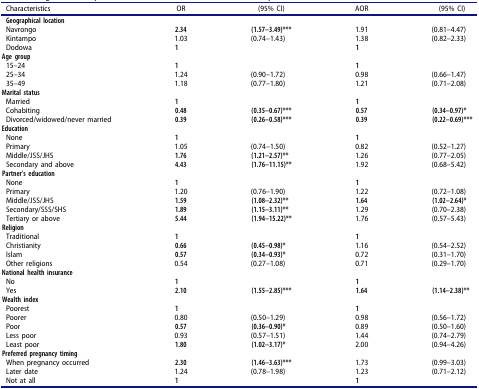
<table><thead><tr><td><b>Characteristics</b></td><td><b>OR</b></td><td><b>(95% CI)</b></td><td><b>AOR</b></td><td><b>(95% CI)</b></td></tr></thead><tbody><tr><td><b>Geographical location</b></td><td> </td><td> </td><td> </td><td> </td></tr><tr><td>Navrongo</td><td><b>2.34</b></td><td><b>(1.57–3.49)***</b></td><td>1.91</td><td>(0.81–4.47)</td></tr><tr><td>Kintampo</td><td>1.03</td><td>(0.74–1.43)</td><td>1.38</td><td>(0.82–2.33)</td></tr><tr><td>Dodowa</td><td><b>1</b></td><td> </td><td><b>1</b></td><td> </td></tr><tr><td colspan="5"><b>Age group</b></td></tr><tr><td>15–24</td><td><b>1</b></td><td> </td><td><b>1</b></td><td> </td></tr><tr><td>25–34</td><td>1.24</td><td>(0.90–1.72)</td><td>0.98</td><td>(0.66–1.47)</td></tr><tr><td>35–49</td><td>1.18</td><td>(0.77–1.80)</td><td>1.21</td><td>(0.71–2.08)</td></tr><tr><td colspan="5"><b>Marital status</b></td></tr><tr><td>Married</td><td><b>1</b></td><td> </td><td><b>1</b></td><td> </td></tr><tr><td>Cohabiting</td><td><b>0.48</b></td><td><b>(0.35–0.67)***</b></td><td><b>0.57</b></td><td><b>(0.34–0.97)*</b></td></tr><tr><td>Divorced/widowed/never married</td><td><b>0.39</b></td><td><b>(0.26–0.58)***</b></td><td><b>0.39</b></td><td><b>(0.22–0.69)***</b></td></tr><tr><td colspan="5"><b>Education</b></td></tr><tr><td>None</td><td><b>1</b></td><td> </td><td><b>1</b></td><td> </td></tr><tr><td>Primary</td><td>1.05</td><td>(0.74–1.50)</td><td>0.82</td><td>(0.52–1.27)</td></tr><tr><td>Middle/JSS/JHS</td><td><b>1.76</b></td><td><b>(1.21–2.57)**</b></td><td>1.26</td><td>(0.77–2.05)</td></tr><tr><td>Secondary and above</td><td><b>4.43</b></td><td><b>(1.76–11.15)**</b></td><td>1.92</td><td>(0.68–5.42)</td></tr><tr><td colspan="5"><b>Partner’s education</b></td></tr><tr><td>None</td><td><b>1</b></td><td> </td><td><b>1</b></td><td> </td></tr><tr><td>Primary</td><td>1.20</td><td>(0.76–1.90)</td><td>1.22</td><td>(0.72–1.08)</td></tr><tr><td>Middle/JSS/JHS</td><td><b>1.59</b></td><td><b>(1.08–2.32)**</b></td><td><b>1.64</b></td><td><b>(1.02–2.64)*</b></td></tr><tr><td>Secondary/SSS/SHS</td><td><b>1.89</b></td><td><b>(1.15–3.11)**</b></td><td>1.29</td><td>(0.70–2.38)</td></tr><tr><td>Tertiary or above</td><td><b>5.44</b></td><td><b>(1.94–15.22)**</b></td><td>1.76</td><td>(0.57–5.43)</td></tr><tr><td colspan="5"><b>Religion</b></td></tr><tr><td>Traditional</td><td><b>1</b></td><td> </td><td><b>1</b></td><td> </td></tr><tr><td>Christianity</td><td><b>0.66</b></td><td><b>(0.45–0.98)*</b></td><td>1.16</td><td>(0.54–2.52)</td></tr><tr><td>Islam</td><td><b>0.57</b></td><td><b>(0.34–0.93)*</b></td><td>0.72</td><td>(0.31–1.70)</td></tr><tr><td>Other religions</td><td>0.54</td><td>(0.27–1.08)</td><td>0.71</td><td>(0.29–1.70)</td></tr><tr><td colspan="5"><b>National health insurance</b></td></tr><tr><td>No</td><td><b>1</b></td><td> </td><td><b>1</b></td><td> </td></tr><tr><td>Yes</td><td><b>2.10</b></td><td><b>(1.55–2.85)***</b></td><td><b>1.64</b></td><td><b>(1.14–2.38)**</b></td></tr><tr><td colspan="5"><b>Wealth index</b></td></tr><tr><td>Poorest</td><td><b>1</b></td><td> </td><td><b>1</b></td><td> </td></tr><tr><td>Poorer</td><td>0.80</td><td>(0.50–1.29)</td><td>0.98</td><td>(0.56–1.72)</td></tr><tr><td>Poor</td><td><b>0.57</b></td><td><b>(0.36–0.90)*</b></td><td>0.89</td><td>(0.50–1.60)</td></tr><tr><td>Less poor</td><td>0.93</td><td>(0.57–1.51)</td><td>1.44</td><td>(0.74–2.79)</td></tr><tr><td>Least poor</td><td><b>1.80</b></td><td><b>(1.02–3.17)*</b></td><td>2.00</td><td>(0.94–4.26)</td></tr><tr><td colspan="5"><b>Preferred pregnancy timing</b></td></tr><tr><td>When pregnancy occurred</td><td><b>2.30</b></td><td><b>(1.46–3.63)***</b></td><td>1.73</td><td>(0.99–3.03)</td></tr><tr><td>Later date</td><td>1.24</td><td>(0.78–1.98)</td><td>1.23</td><td>(0.71–2.12)</td></tr><tr><td>Not at all</td><td><b>1</b></td><td> </td><td><b>1</b></td><td> </td></tr></tbody></table>